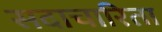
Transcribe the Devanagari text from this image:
सदाचारिता